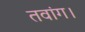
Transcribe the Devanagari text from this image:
तवांग।